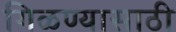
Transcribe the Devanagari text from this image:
गिळण्यासाठी